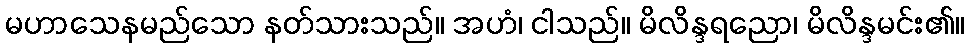
မဟာသေနမည်သော နတ်သားသည်။ အဟံ၊ ငါသည်။ မိလိန္ဒရညော၊ မိလိန္ဒမင်း၏။